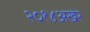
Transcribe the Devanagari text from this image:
२०१४अखेर